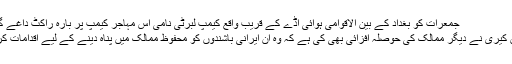
جمعرات کو بغداد کے بین الاقوامی ہوائی اڈے کے قریب واقع کیمپ لبرٹی نامی اس مہاجر کیمپ پر بارہ راکٹ داغے گئے
جان کیری نے دیگر ممالک کی حوصلہ افزائی بھی کی ہے کہ وہ ان ایرانی باشندوں کو محفوظ ممالک میں پناہ دینے کے لیے اقدامات کریں۔